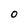
Character: 0